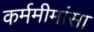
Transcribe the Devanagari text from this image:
कर्ममीमांसा